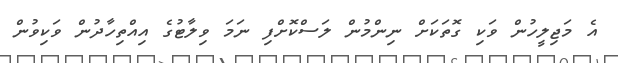
އެ މަޖިލީހުން ވަކި ގޮތަކަށް ނިންމުން ލަސްކޮށްފި ނަމަ ވިލާޓުގެ އިއްތިހާދުން ވަކިވުން